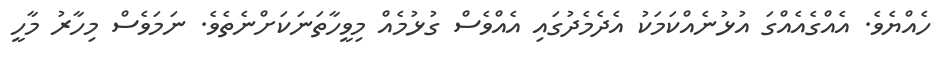
ހެއްޔެވެ. އެއްގެއެއްގަ އުޅުނެއްކަމަކު އެދެމެދުގައި އެއްވެސް ގުޅުމެއް މިވީހާތަނަކަށްނެތެވެ. ނަމަވެސް މިހާރު މާހީ